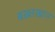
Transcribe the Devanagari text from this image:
बख़्तखान